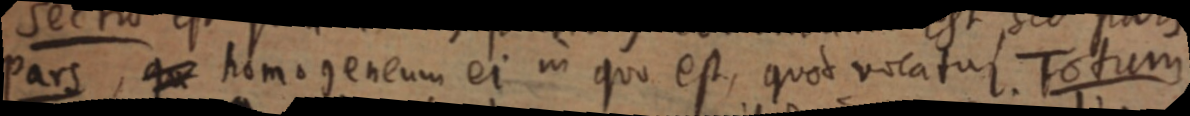
Pars, que homogeneum ei in quo est, quod vocatur. Totum